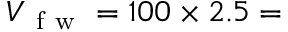
V _ { \mathrm { ~ f ~ w ~ } } = 1 0 0 \times 2 . 5 =